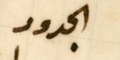
الجدود